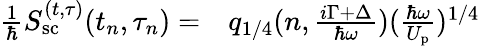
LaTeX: \begin{array}{rl}{\frac{1}{\hbar}S_{\mathrm{sc}}^{(t,\tau)}(t_{n},\tau_{n})=}&{{}q_{1/4}(n,\frac{i\Gamma+\Delta}{\hbar\omega})(\frac{\hbar\omega}{U_{\mathrm{p}}})^{1/4}}\end{array}